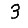
Digit: 3